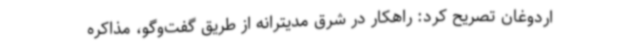
اردوغان تصریح کرد: راهکار در شرق مدیترانه از طریق گفت‌وگو، مذاکره